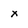
Character: x